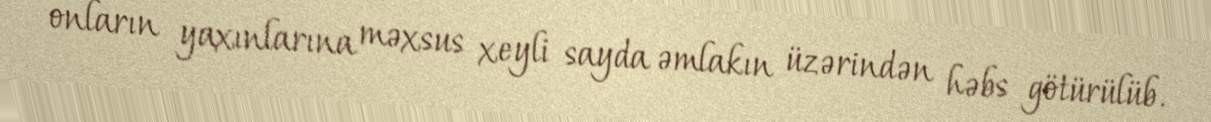
onların yaxınlarına məxsus xeyli sayda əmlakın üzərindən həbs götürülüb.